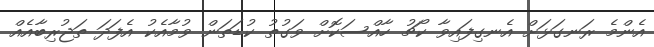
އެންމެ ރަނގަޅަށް އެނގިފައިވާ ކޯޗު ހާއްސަކޮށް ވަގުތު ކުޑަތަން ވުމާއެކު އެފަދަ ތަޖުރިބާއެއް